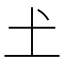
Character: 𡈽